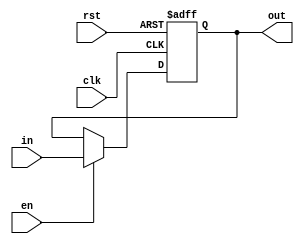
module register(clk,rst,en,in,out);
parameter n=16;
input [n-1:0] in;
input clk,rst,en;
output reg [n-1:0] out;
always@(posedge clk,posedge rst) begin
	if(rst) out=0;
	else if(en)
		out=in;
end
endmodule